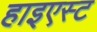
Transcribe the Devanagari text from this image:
हाइएस्ट